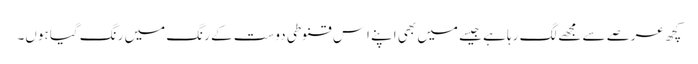
کچھ عرصے سے مجھے لگ رہا ہے جیسے میں بھی اپنے اِس قنوطی دوست کے رنگ میں رنگ گیا ہوں۔